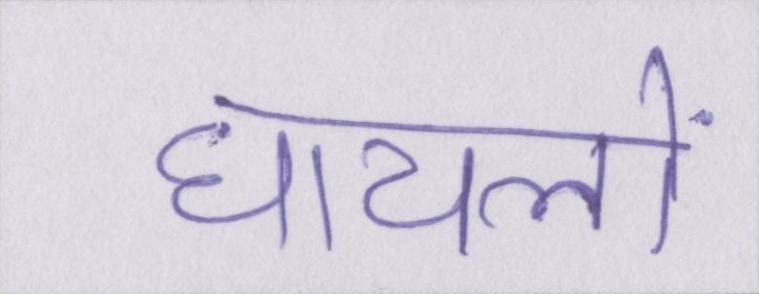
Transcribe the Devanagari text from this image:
घायलों